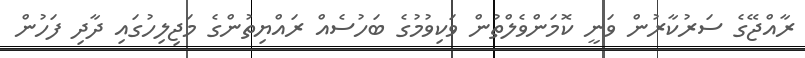
ރާއްޖޭގެ ސަރުކާރުން ވަނީ ކޮމަންވެލްތުން ވަކިވުމުގެ ބަހުސެއް ރައްޔިތުންގެ މަޖިލިހުގައި ދާދި ފަހުން